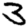
Digit: 3